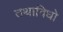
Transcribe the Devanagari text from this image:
तथाविधो